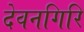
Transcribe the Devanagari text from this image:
देवनगिरि